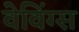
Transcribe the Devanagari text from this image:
वेविंग्स